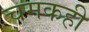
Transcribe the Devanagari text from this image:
चमकही